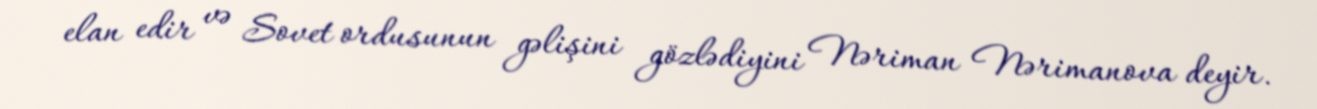
elan edir və Sovet ordusunun gəlişini gözlədiyini Nəriman Nərimanova deyir.